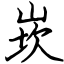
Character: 崁